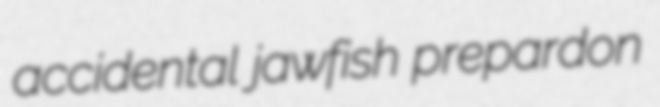
accidental jawfish prepardon